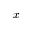
x